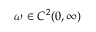
\omega \in C ^ { 2 } ( 0 , \infty )